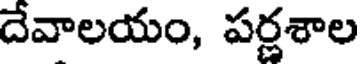
దేవాలయం, పర్ణశాల